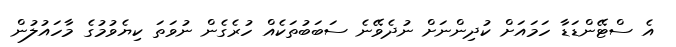
އެ ސްޓޭންޑަޑާ ހަމައަށް ކުދިންނަށް ނުދެވޭނެ ސަބަބުތަކެއް ހުރެގެން ނުވަތަ ކިޔެވުމުގެ މާހައުލުން